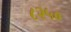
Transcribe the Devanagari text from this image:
८२५०